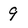
Character: 9